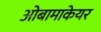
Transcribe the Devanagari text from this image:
ओबामाकेयर